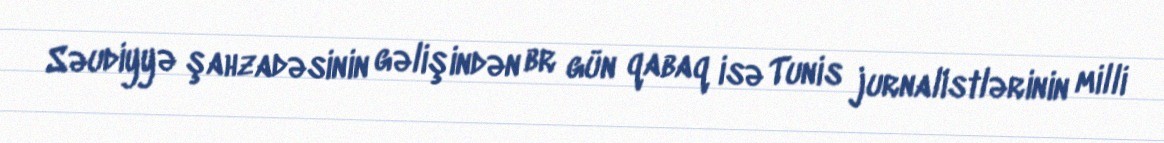
Səudiyyə şahzadəsinin gəlişindən br gün qabaq isə Tunis jurnalistlərinin milli